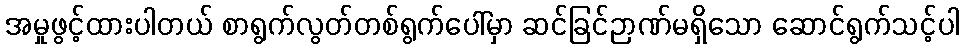
အမှုဖွင့်ထားပါတယ် စာရွက်လွတ်တစ်ရွက်ပေါ်မှာ ဆင်ခြင်ဉာဏ်မရှိသော ဆောင်ရွက်သင့်ပါ